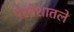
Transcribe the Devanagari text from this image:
परदेशातले